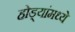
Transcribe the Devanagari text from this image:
होड्यांमध्ये